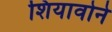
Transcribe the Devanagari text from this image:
शियावोने